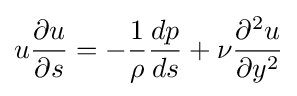
u{\partial u \over \partial s}=-{1 \over \rho }{dp \over ds}+{\nu }{\partial ^{2}u \over \partial y^{2}}